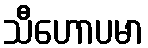
သီဟောပမာ